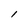
Character: l